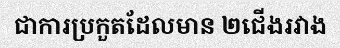
ជាការប្រកួតដែលមាន ២ជើងរវាង